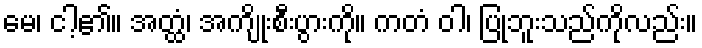
မေ၊ ငါ့၏။ အတ္ထံ၊ အကျိုးစီးပွားကို။ ကတံ ဝါ၊ ပြုဘူးသည်ကိုလည်း။